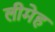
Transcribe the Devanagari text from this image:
लीमेह